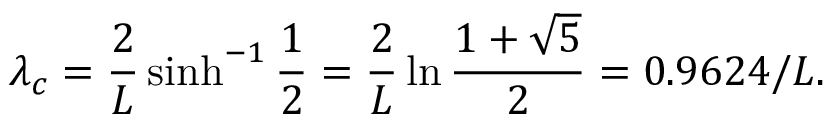
\lambda _ { c } = { \frac { 2 } { L } } \sinh ^ { - 1 } { \frac { 1 } { 2 } } = { \frac { 2 } { L } } \ln { \frac { 1 + \sqrt { 5 } } { 2 } } = 0 . 9 6 2 4 / L .